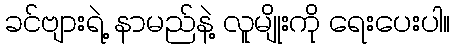
ခင်ဗျားရဲ့ နာမည်နဲ့ လူမျိုးကို ရေးပေးပါ။